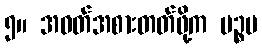
၅။ အဝတ်အစားတတ်ဖို့က ပဉ္စမ